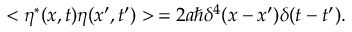
< \eta ^ { * } ( x , t ) \eta ( x ^ { \prime } , t ^ { \prime } ) > \, = 2 a \hbar \delta ^ { 4 } ( x - x ^ { \prime } ) \delta ( t - t ^ { \prime } ) .